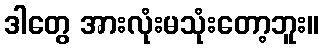
ဒါတွေ အားလုံးမသုံးတော့ဘူး။